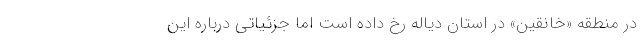
در منطقه «خانقین» در استان دیاله رخ داده است اما جزئیاتی درباره این